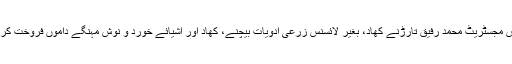
گجرات(جی پی آئی) ڈی او زراعت توسیع/سپیشل پرائس مجسٹریٹ محمد رفیق تارڑنے کھاد، بغیر لائسنس زرعی ادویات بیچنے، کھاد اور اشیائے خورد و نوش مہنگے داموں فروخت کرنے پر 7ملزمان کے خلاف مقدمات درج کرادیے ہیں۔